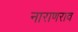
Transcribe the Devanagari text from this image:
नाराणराव